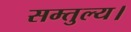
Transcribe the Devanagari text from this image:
सम्तुल्य।